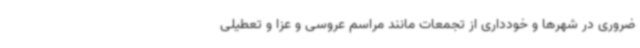
ضروری در شهرها و خودداری از تجمعات مانند مراسم عروسی و عزا و تعطیلی